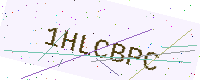
Text: 1HLCBPC